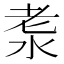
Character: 𣴐